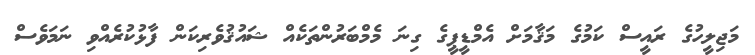
މަޖިލީހުގެ ރައީސް ކަމުގެ މަޤާމަށް އެމްޑީޕީގެ ގިނަ މެމްބަރުންތަކެއް ޝައުޤުވެރިކަން ފާޅުކުރެއްވި ނަމަވެސް